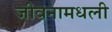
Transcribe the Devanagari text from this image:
जीवनामधली